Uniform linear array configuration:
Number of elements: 4
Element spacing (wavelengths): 1
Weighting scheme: uniform
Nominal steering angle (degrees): -15
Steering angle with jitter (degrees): -16.166
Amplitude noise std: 0.05
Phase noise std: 0.05

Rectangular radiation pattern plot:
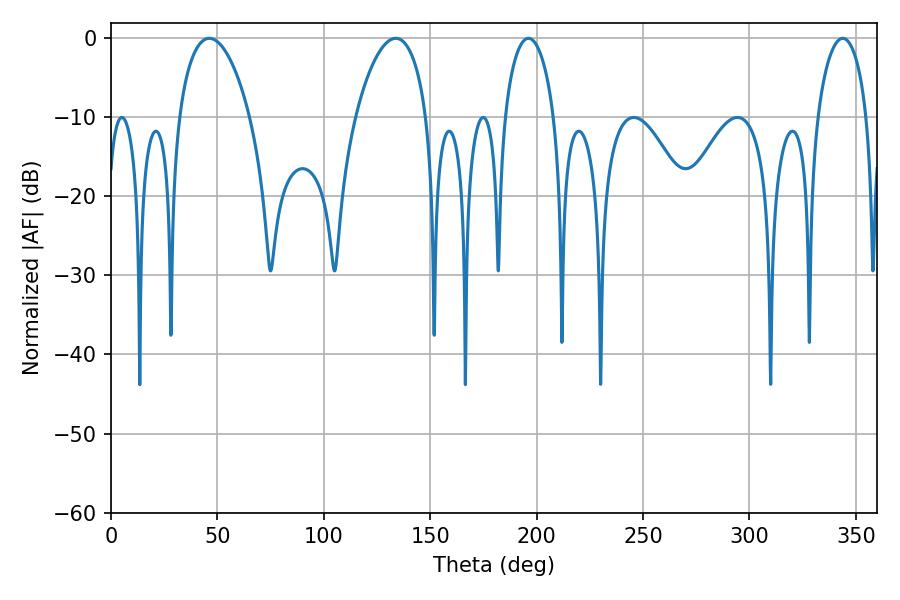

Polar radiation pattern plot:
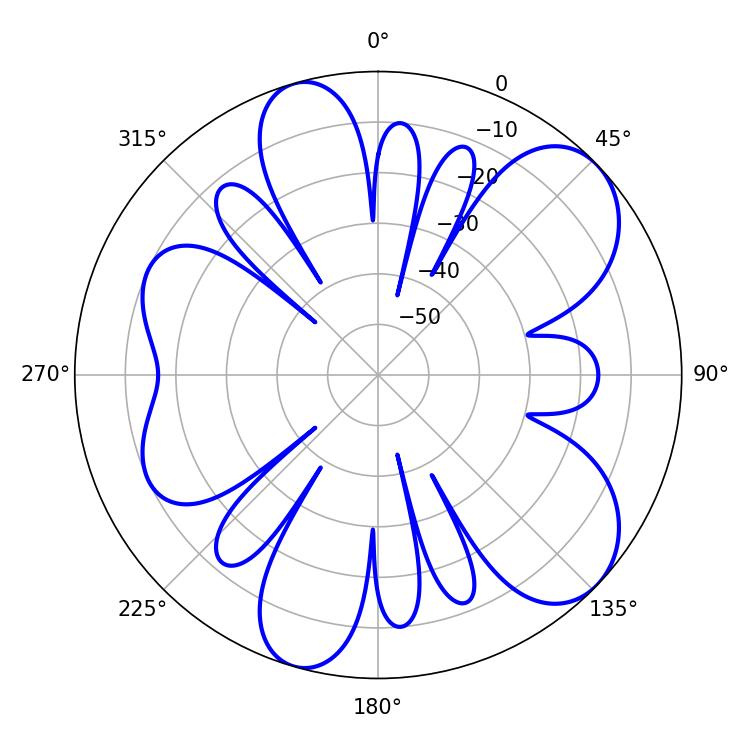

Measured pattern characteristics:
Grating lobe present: TRUE
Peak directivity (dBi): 8.223
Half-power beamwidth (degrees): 13.5
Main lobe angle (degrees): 196.2